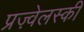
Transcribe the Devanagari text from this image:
प्रज़्वेलस्की